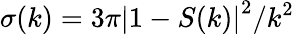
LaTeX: \sigma(k)=3\pi\left|1-S(k)\right|^{2}/k^{2}